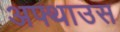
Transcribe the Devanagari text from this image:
अफ्थाउस